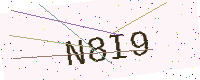
Text: N8I9